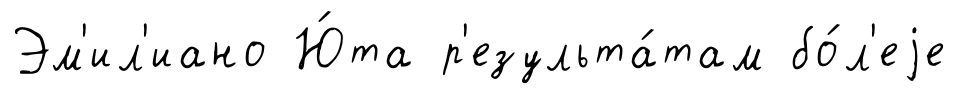
Эм'ил'иано Ю́та р'езульта́там бо́л'еjе